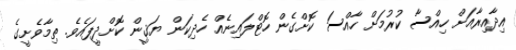
އިދާއިރާއަށް ހިއްސާ ކުރުމަށް ހާއްސަ ކޮށްގެން ހޮޓްލައިނެއް ހެދިކަން ޔަޤީން ކޮށްދީފައެވެ. ތިމާވެށީގެ